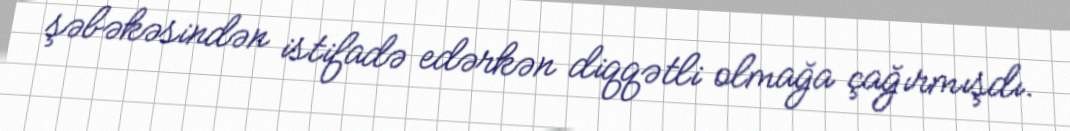
şəbəkəsindən istifadə edərkən diqqətli olmağa çağırmışdı.